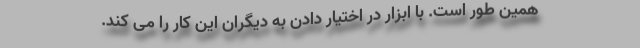
همین طور است. با ابزار در اختیار دادن به دیگران این کار را می کند.